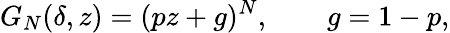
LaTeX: G_{N}(\delta,z)=(pz+g)^{N},\qquad g=1-p,